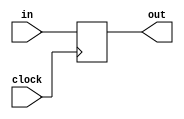
`timescale 1ns / 1ps
//////////////////////////////////////////////////////////////////////////////////
// Company: 
// Engineer: 
// 
// Design Name: 
// Module Name: PC
// Project Name: 
// Target Devices: 
// Tool Versions: 
// Description: 
// 
// Dependencies: 
// 
// Revision:
// Revision 0.01 - File Created
// Additional Comments:
// 
//////////////////////////////////////////////////////////////////////////////////


module PC(in,out, clock);

//inputs
input [5:0] in;
input clock;

//outputs
output [5:0] out;

reg [5:0] out;

//initialize pc
initial begin
out = 6'b0;
end


always @(posedge clock) 
begin

out = in;

end
endmodule